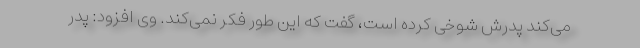
می‌کند پدرش شوخی کرده است، گفت که این طور فکر نمی‌کند. وی افزود: پدر